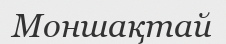
Моншақтай